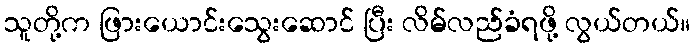
သူတို့က ဖြားယောင်းသွေးဆောင် ပြီး လိမ်လည်ခံရဖို့ လွယ်တယ်။